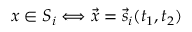
x \in S _ { i } \Longleftrightarrow \vec { x } = \vec { s } _ { i } ( t _ { 1 } , t _ { 2 } )